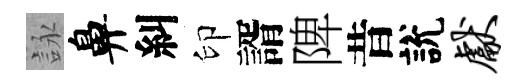
詠鼻糾印諝陴昔說献